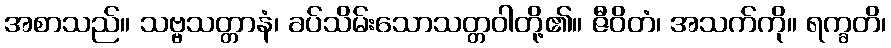
အစာသည်။ သဗ္ဗသတ္တာနံ၊ ခပ်သိမ်းသောသတ္တဝါတို့၏။ ဇီဝိတံ၊ အသက်ကို။ ရက္ခတိ၊